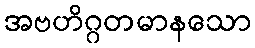
အဗဟိဂ္ဂတမာနသော